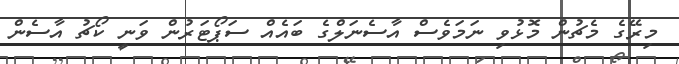
މިރޭގެ މެޗުން މޮޅުވި ނަމަވެސް އާސެނަލްގެ ބައެއް ސަޕޯޓަރުން ވަނީ ކޯޗު އާސެން